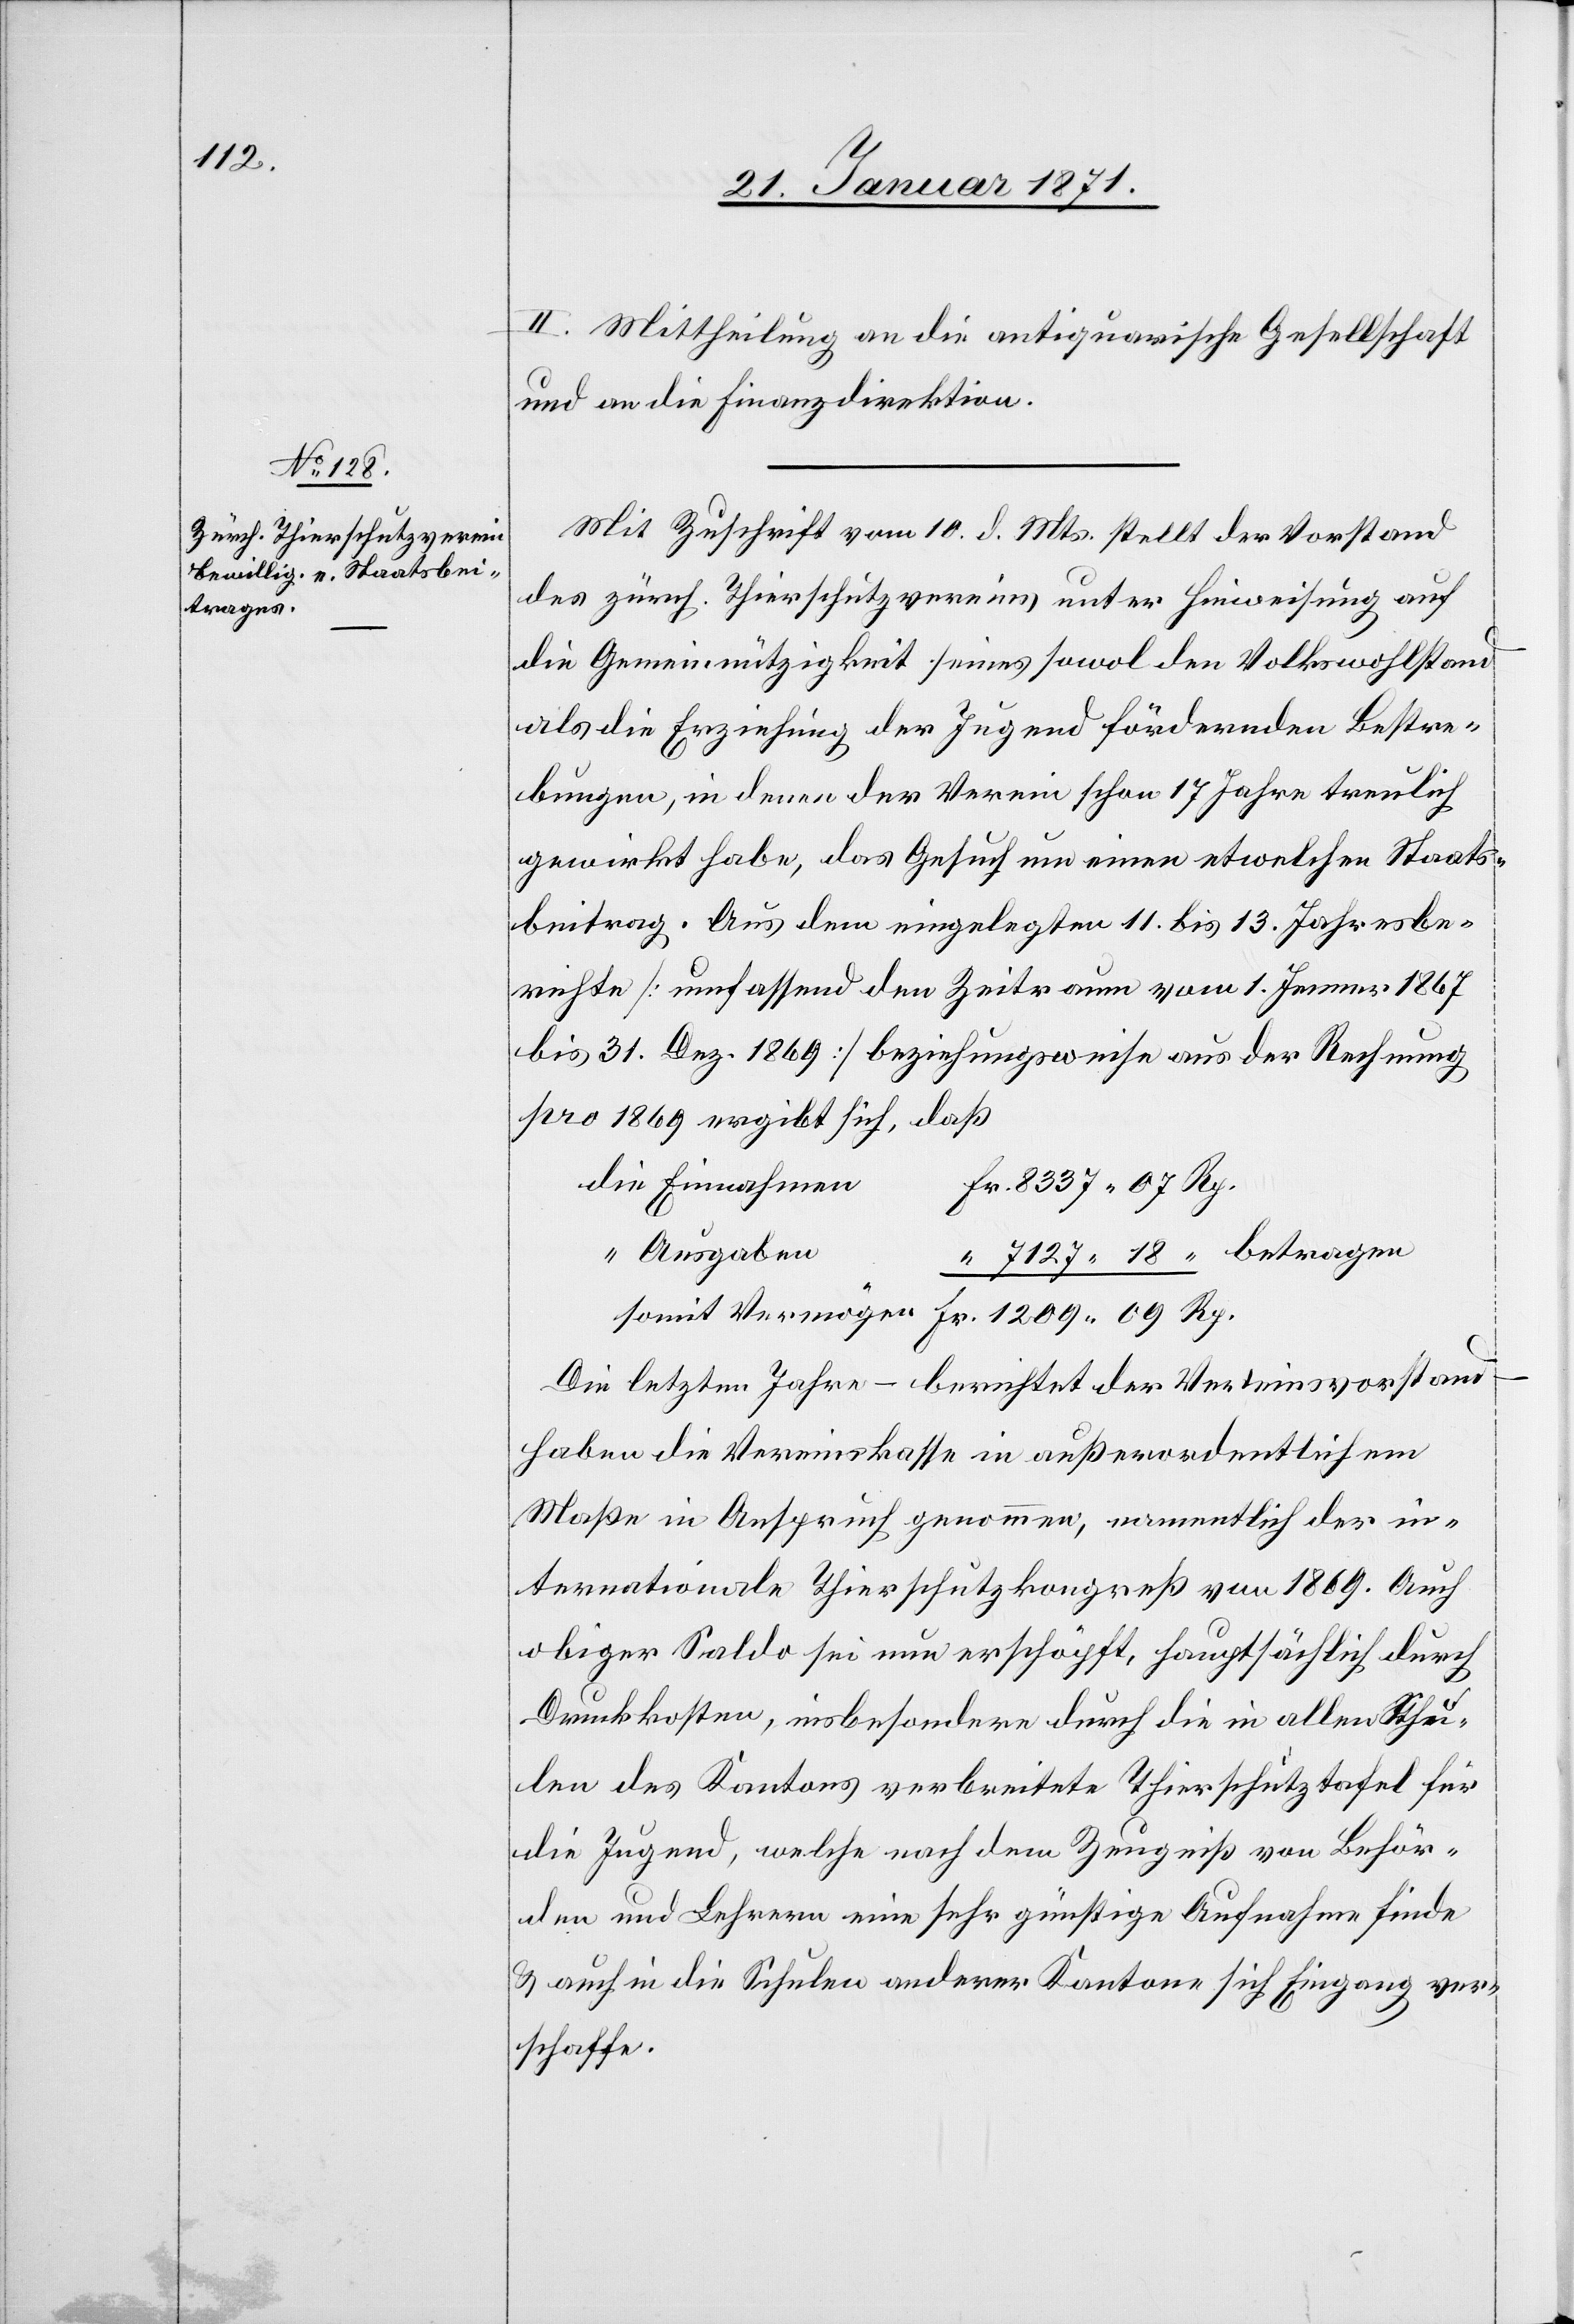
II. Mittheilung an die antiquarische Gesellschaft
und an die Finanzdirektion.
Mit Zuschrift vom 10. d. Mts. stellt der Vorstand
des zürch. Thierschutzvereins unter Hinweisung auf
die Gemeinnützigkeit seines sowol den Volkswohlstand
als die Erziehung der Jugend fördernden Bestre¬
bungen, in denen der Verein schon 17 Jahre treulich
gewirkt habe, das Gesuch um einen etwelchen Staats¬
beitrag. Aus dem eingelegten 11. bis 13. Jahresbe¬
richt [umfassend den Zeitraum vom 1. Jenner 1867
bis 31. Dez. 1869] beziehungsweise aus der Rechnung
pro 1869 ergibt sich, daß
Ausgaben
somit Vermögen Fr. 1209.09 Rp.
Die letzten Jahre – berichtet der Vereinsvorstand
haben die Vereinskasse in außerordentlichem
Maße in Anspruch genommen, namentlich der in¬
ternationale Thierschutzkongreß von 1869. Auch
obiger Saldo sei nun erschöpft, hauptsächlich durch
Druckkosten, insbesondern durch die in allen Schu¬
len des Kantons verbreitete Thierschutztafel für
die Jugend, welche nach dem Zeugniß von Behör¬
den und Lehrern eine sehr günstige Aufnahme finde
u. auch in die Schulen anderer Kantone sich Eingang ver¬
schaffe.